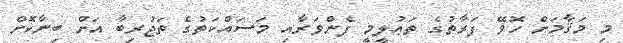
މި މަޤާމަށް ހޮވޭ ފަރާތުގެ ތަޢުލީމީ ފެންވަރާއި މަސައްކަތުގެ ތަޖުރިބާ އަށް ބިނާކޮށް